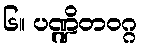
၆။ ပဏ္ဍိတဝဂ္ဂ